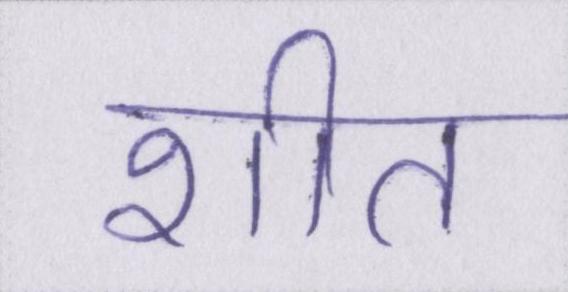
शीत